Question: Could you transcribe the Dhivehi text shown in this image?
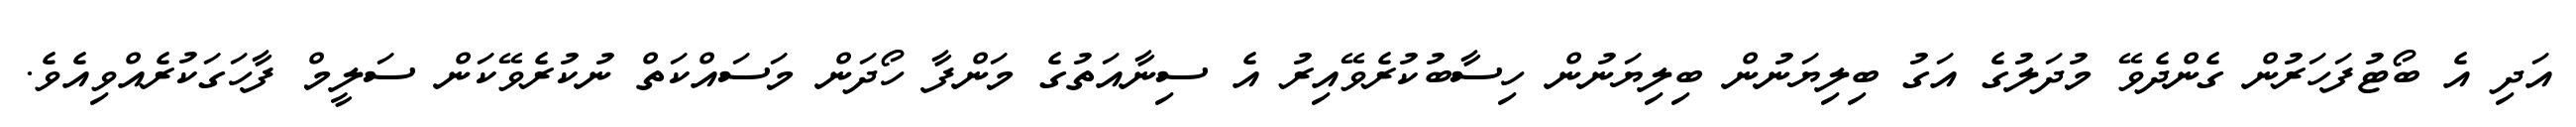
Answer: އަދި އެ ބޯޓުފަހަރުން ގެންދެވޭ މުދަލުގެ އަގު ބިލިޔަނުން ބިލިޔަނުން ހިސާބުކުރެވޭއިރު އެ ސިނާއަތުގެ މަންފާ ހޯދަން މަސައްކަތް ނުކުރެވޭކަން ސަލީމް ފާހަގަކުރެއްވިއެވެ.